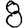
Digit: 8